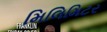
મિલિમિટર